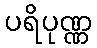
ပရိပုဏ္ဏ